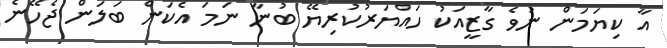
އާ ކިޔަމަން ނުވެ ގާޒީއަކު ހައްޔަރުކުރިޔޭ ބުނާ ނަމަ އެކަން ބަލަން ޖެހޭނެ